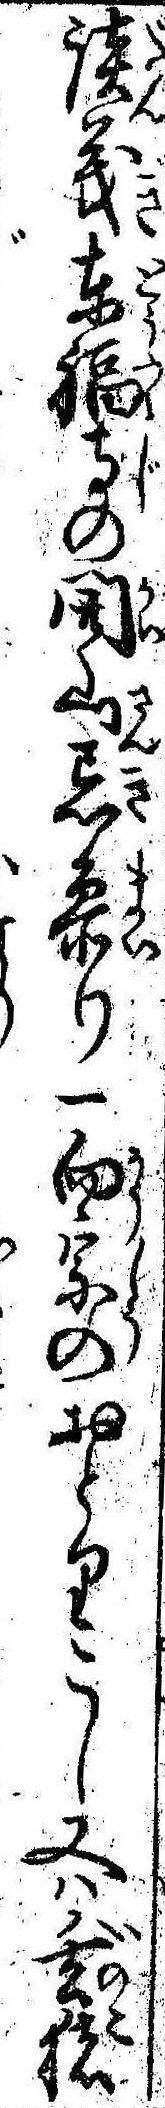
談義東福寺の開山忌参り一向宗のおとりこし又は亥猪